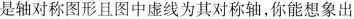
是轴对称图形且图中虚线为其对称轴，你能想象出